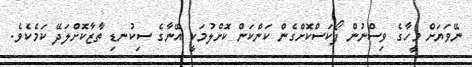
ނޭވަޔަށް މީހާގެ ވިސްނުން ފޯކަސްކޮށްގެން ކަންކަން ކޮށްލުމަކީ އޭނާގެ ސިކުނޑި ތާޒާކޮށްލަދޭ ކަމެކެވެ.